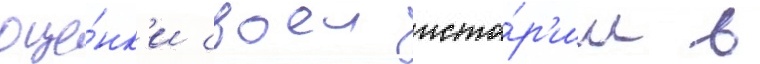
оце́нк'и своеи исто́р'ии в